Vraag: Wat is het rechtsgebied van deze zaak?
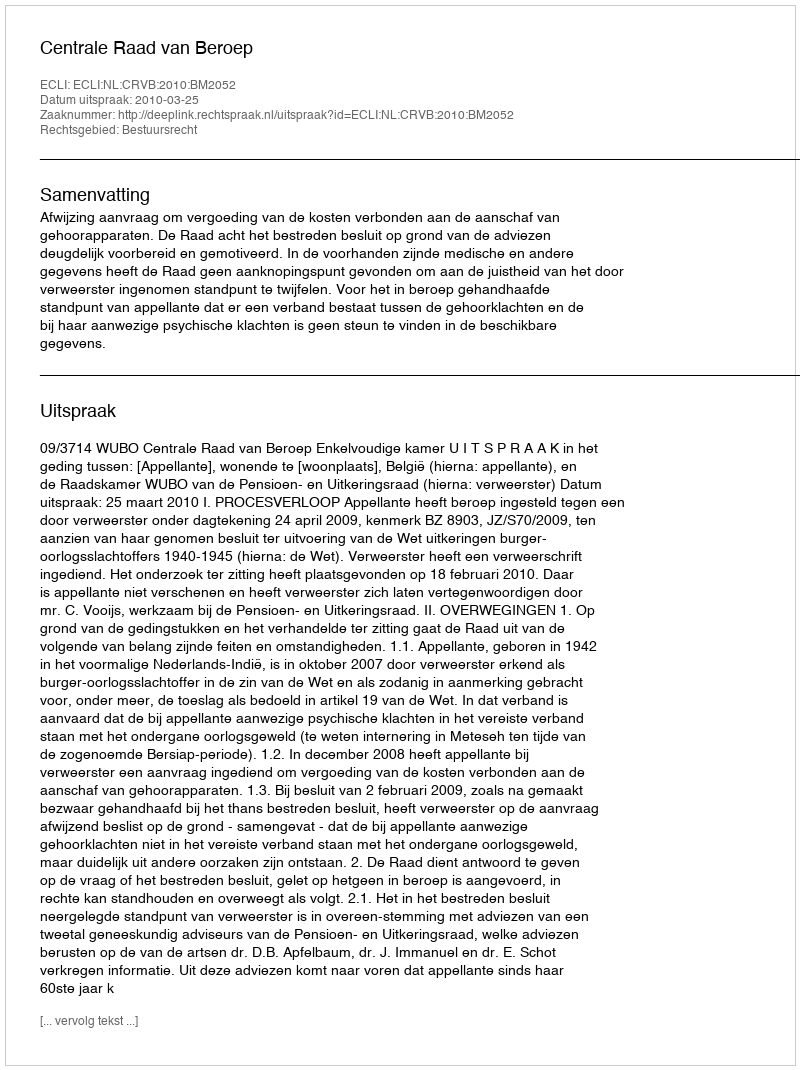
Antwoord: Bestuursrecht